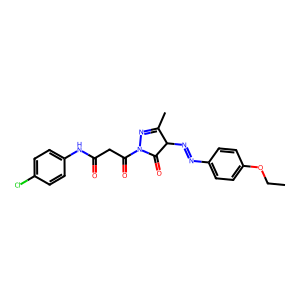
SMILES: CCOc1ccc(N=NC2C(=O)N(C(=O)CC(=O)Nc3ccc(Cl)cc3)N=C2C)cc1
Inhibits HIV replication: No